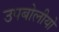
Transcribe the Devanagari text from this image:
उपबोलीयो